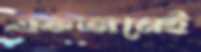
একজনেই